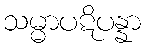
သမ္မာပဋိပန္နာ